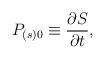
LaTeX: \begin{align*}P_{\left( s\right) 0}\equiv \frac{\partial S}{\partial t}, \end{align*}